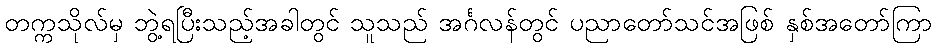
တက္ကသိုလ်မှ ဘွဲ့ရပြီးသည့်အခါတွင် သူသည် အင်္ဂလန်တွင် ပညာတော်သင်အဖြစ် နှစ်အတော်ကြာ